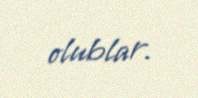
olublar.